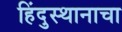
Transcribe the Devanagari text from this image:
हिंदुस्थानाचा